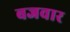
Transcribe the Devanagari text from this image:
बजवार